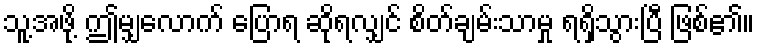
သူ့အဖို့ ဤမျှလောက် ပြောရ ဆိုရလျှင် စိတ်ချမ်းသာမှု ရရှိသွားပြီ ဖြစ်၏။